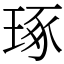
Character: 琢